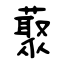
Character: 藂